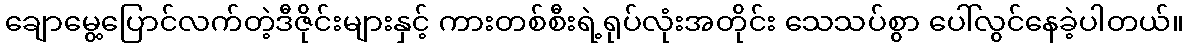
ချောမွေ့ပြောင်လက်တဲ့ဒီဇိုင်းများနှင့် ကားတစ်စီးရဲ့ရုပ်လုံးအတိုင်း သေသပ်စွာ ပေါ်လွင်နေခဲ့ပါတယ်။